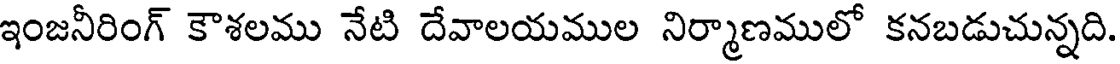
ఇంజనీరింగ్ కౌశలము నేటి దేవాలయముల నిర్మాణములో కనబడుచున్నది